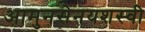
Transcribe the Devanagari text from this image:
आमुनसेनयशस्वी